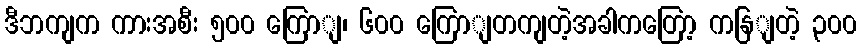
ဒီဘကျက ကားအစီး ၅၀၀ ကြောျ၊ ၆၀၀ ကြောျတကျတဲ့အခါကတြော့ ကနြျတဲ့ ၃၀၀